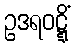
ဥဒရဝဋ္ဋိံ